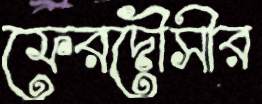
ফেরদৌসীর